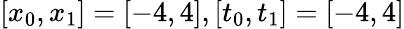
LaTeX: [x_{0},x_{1}]=[-4,4],[t_{0},t_{1}]=[-4,4]